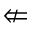
\nLeftarrow